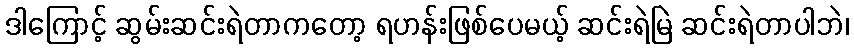
ဒါကြောင့် ဆွမ်းဆင်းရဲတာကတော့ ရဟန်းဖြစ်ပေမယ့် ဆင်းရဲမြဲ ဆင်းရဲတာပါဘဲ၊